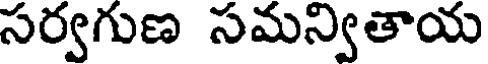
సర్వగుణ సమన్వితాయ